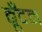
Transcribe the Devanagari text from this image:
बूँदन